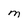
Character: M